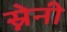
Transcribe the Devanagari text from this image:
स्नेनी